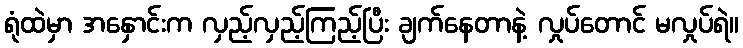
ရုံထဲမှာ အနှောင်းက လှည့်လှည့်ကြည့်ပြီး ချက်နေတာနဲ့ လှုပ်တောင် မလှုပ်ရဲ။